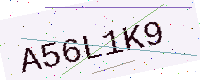
Text: A56L1K9